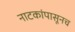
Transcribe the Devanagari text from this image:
नाटकांपासूनच